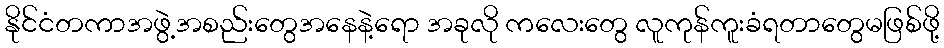
နိုင်ငံတကာအဖွဲ့အစည်းတွေအနေနဲ့ရော အခုလို ကလေးတွေ လူကုန်ကူးခံရတာတွေမဖြစ်ဖို့